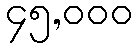
၄၅,၀၀၀